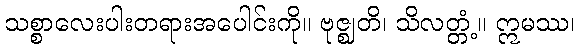
သစ္စာလေးပါးတရားအပေါင်းကို။ ဗုဇ္ဈတိ၊ သိလတ္တံ့။ ဣမဿ၊